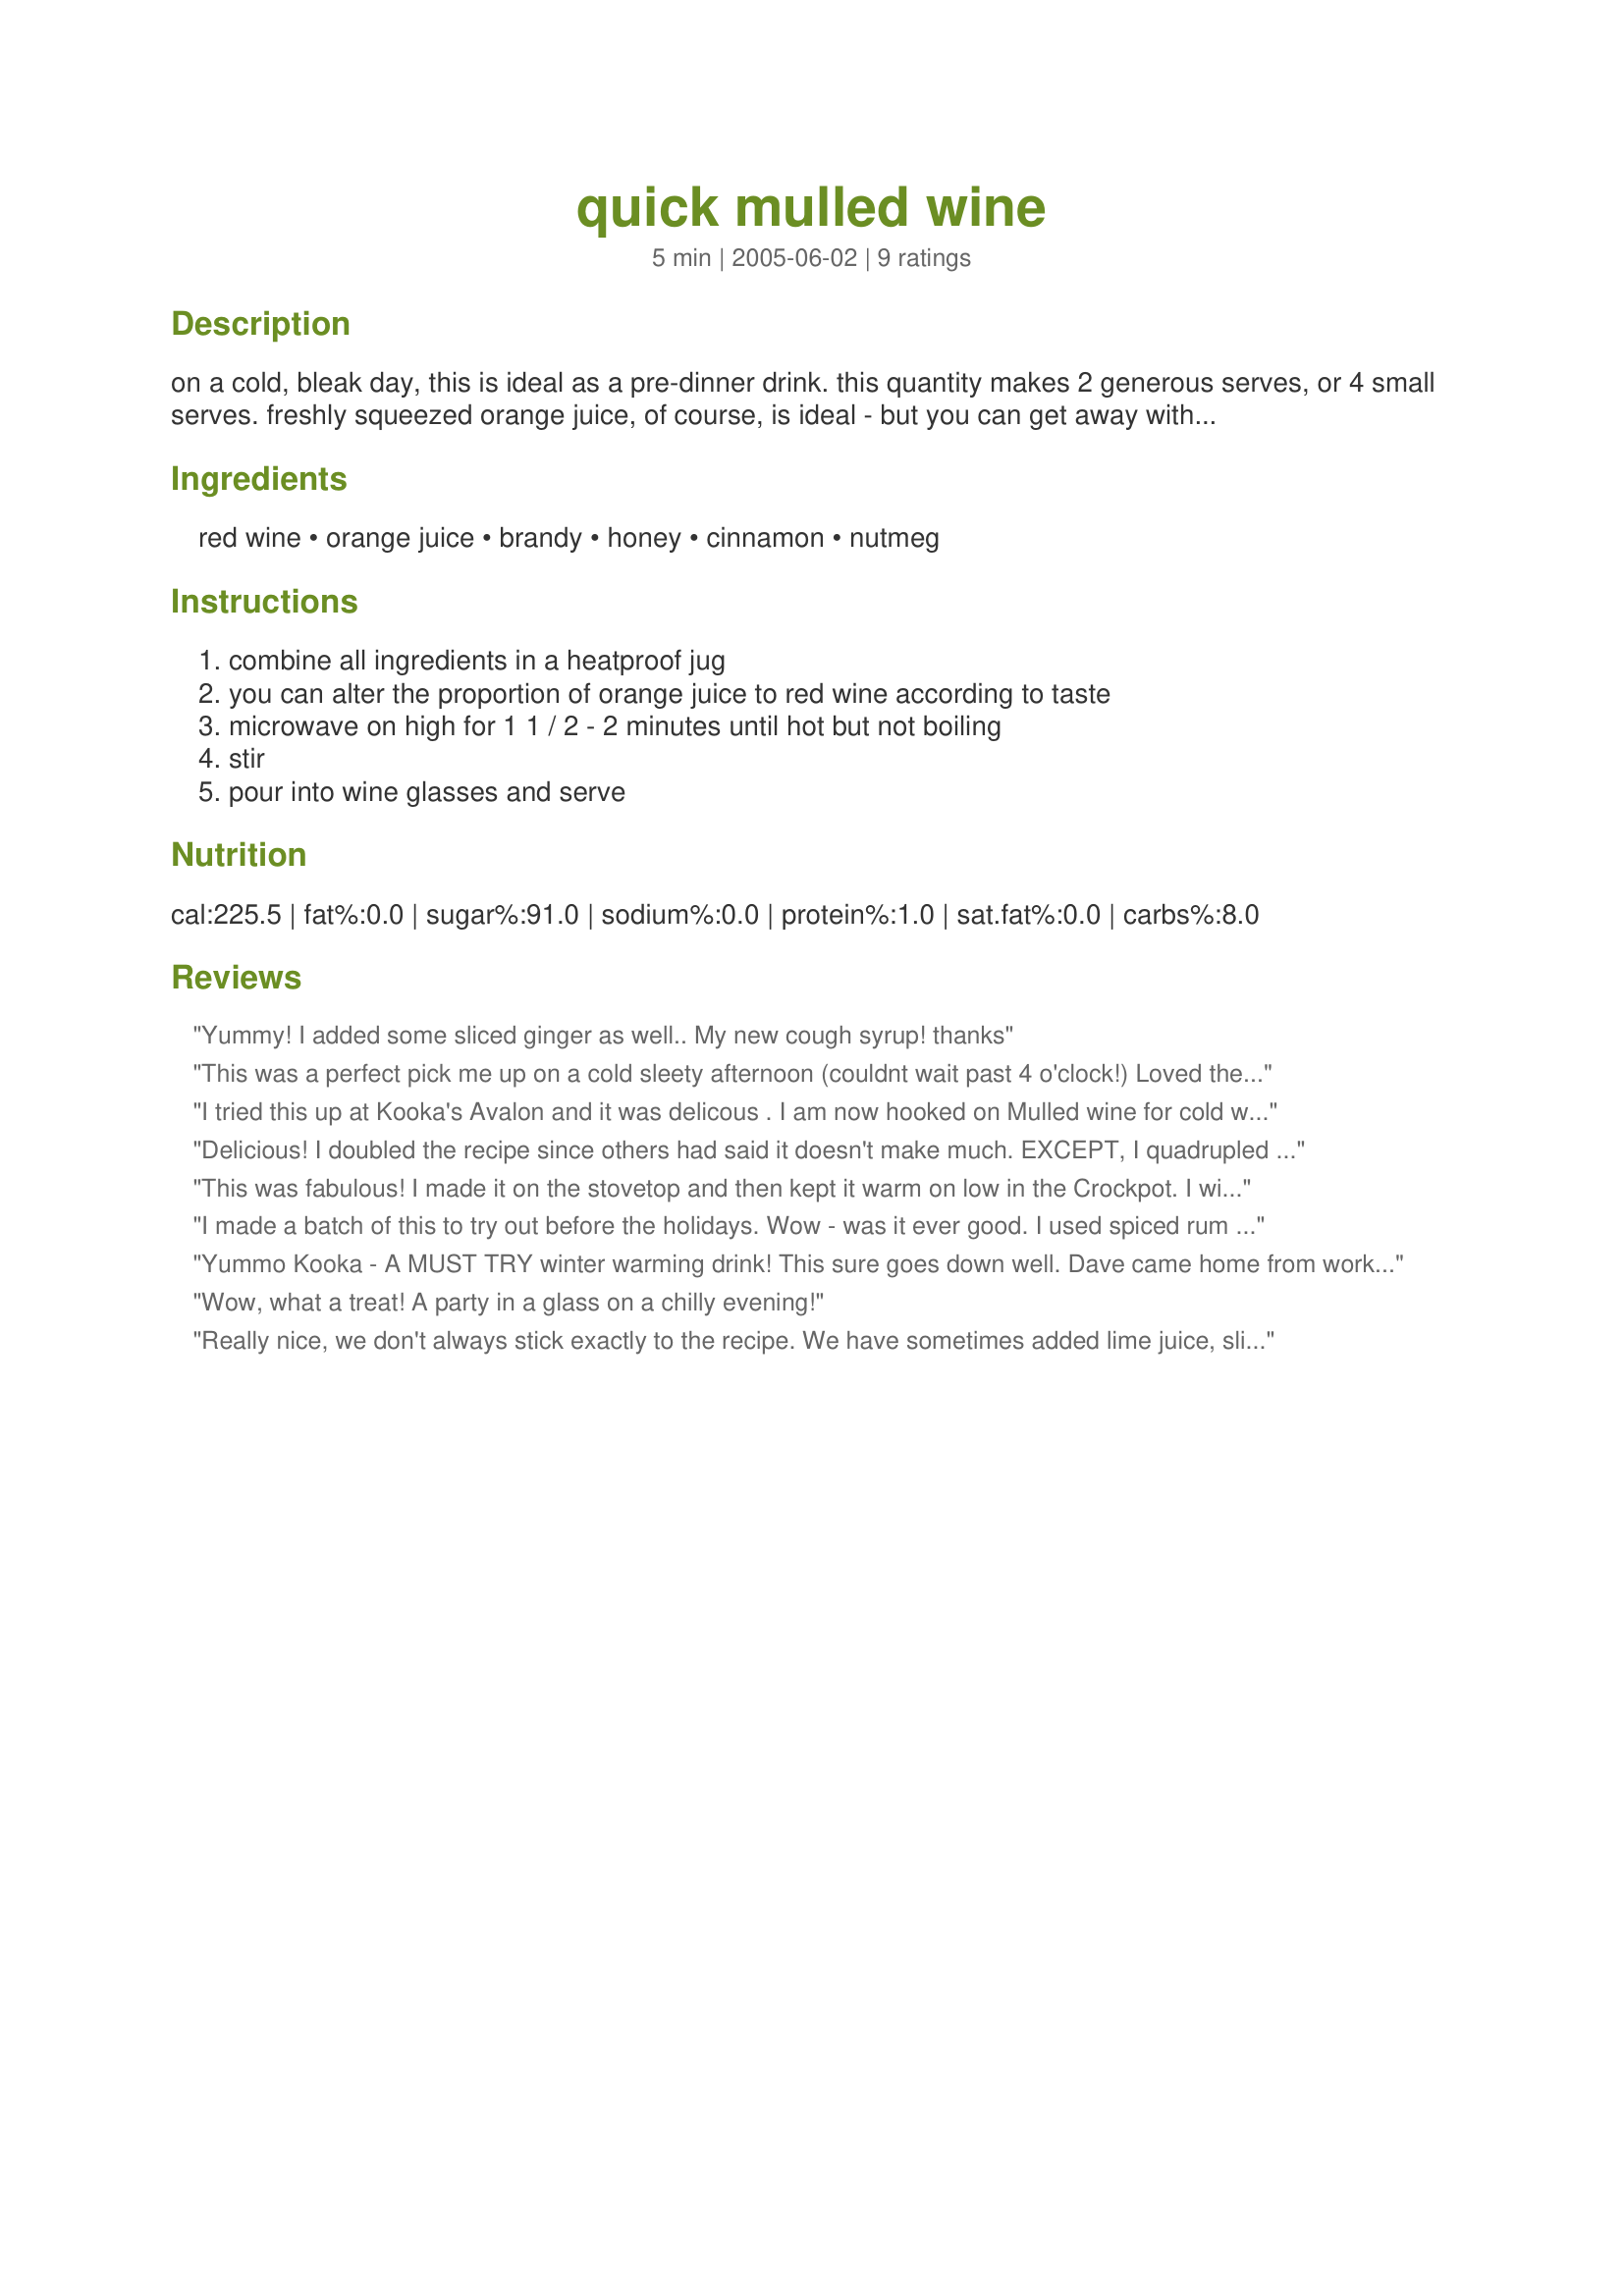
quick mulled wine
Preparation time: 5 minutes

on a cold, bleak day, this is ideal as a pre-dinner drink. this quantity makes 2 generous serves, or 4 small serves. freshly squeezed orange juice, of course, is ideal - but you can get away with bottled orange juice.

Ingredients:
red wine, orange juice, brandy, honey, cinnamon, nutmeg

Steps:
combine all ingredients in a heatproof jug, you can alter the proportion of orange juice to red wine according to taste, microwave on high for 1 1 / 2 - 2 minutes until hot but not boiling, stir, pour into wine glasses and serve

Reviews:
Yummy! I added some sliced ginger as well.. My new cough syrup! thanks
This was a perfect pick me up on a cold sleety afternoon (couldnt wait past 4 o'clock!) Loved the flavours and as it used the last of my honey it's on the shopping list for today, well after all I still have red wine, brandy and orange juice left, have to make something with it!
My only other comment would be this did not serve 2..it served one..ME! Delicious Kooka, thanks for sharing.
I tried this up at Kooka's Avalon and it was delicous . I am now hooked on Mulled wine for cold winter nights. Oh dear someone has to keep the art of Mulled Wine drinking alive.
Delicious! I doubled the recipe since others had said it doesn't make much. EXCEPT, I quadrupled the wine and tripled the orange juice. And I didn't have brandy so I used spiced rum as others said to do. Used a mediocre red wine and it was great! I'll stock up on the cheap stuff to make this all winter.
This was fabulous! I made it on the stovetop and then kept it warm on low in the Crockpot. I will make this again for the holidays. Thanks!
I made a batch of this to try out before the holidays. Wow - was it ever good. I used spiced rum instead of Brandy but it was very tasty and I loved the fact there is no sugar in this recipe. Thanks for this keeper !
Yummo Kooka - A MUST TRY winter warming drink! This sure goes down well. Dave came home from work with a sore throat looking for medicine so I gave him one of these instead! The sore throat has now gone. Instead of orange juice I juiced some mandarin's. Very tasty and a great way to use up a not so good bottle of red I've had sitting here for a while. Definite make again for us :)
Wow, what a treat! A party in a glass on a chilly evening!
Really nice, we don't always stick exactly to the recipe. We have sometimes added lime juice, slices of fresh lime, usually put in some orange zest. Can also add a pinch of all spice or a pinch of ground cloves. Can substitute brown sugar for honey with some vanilla essence. We have also sometimes added wattleseeds. Also, it was fine without the brandy if you don't have any.
